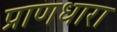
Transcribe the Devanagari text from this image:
प्राणधारा